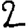
Digit: 2